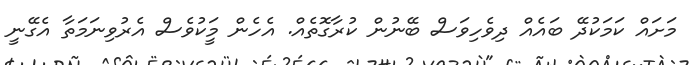
މަށައް ކަމަކުުދޭ ބައެއް ދިވެހިވަސް ބޭނުން ކުރާގޮތެއް. އެހެން މީަކުވެސް އެރުވިނަމަތާ އެގޭނީ